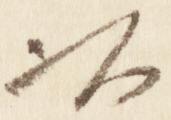
以